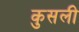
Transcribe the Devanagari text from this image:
कुसली